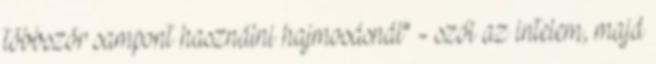
többször sampont használni hajmosásnál" - szól az intelem, majd